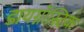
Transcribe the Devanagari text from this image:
डायग्नॉस्टिक